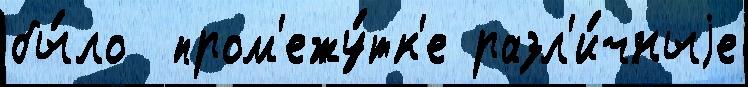
бы́ло  пром'ежу́тк'е разл'и́чныjе